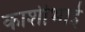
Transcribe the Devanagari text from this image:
काशीभाई